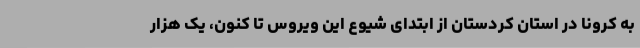
به کرونا در استان کردستان از ابتدای شیوع این ویروس تا کنون، یک هزار